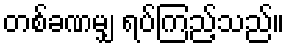
တစ်ခဏမျှ ရပ်ကြည့်သည်။